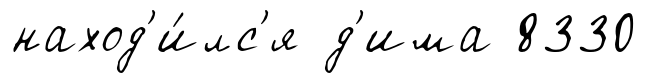
наход'и́лс'я д'има 8330